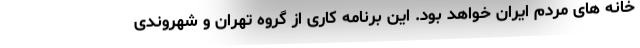
خانه های مردم ایران خواهد بود. این برنامه کاری از گروه تهران و شهروندی